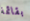
بقائمة